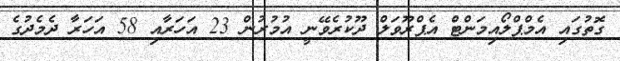
ގޮތުގައި އެމްޕްލޯއިމަންޓް އެޕްރޫވަލް ދޫކުރެވޭނީ އުމުރުން 23 އަހަރާއި 58 އަހަރާ ދެމެދުގެ